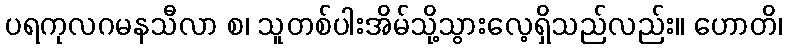
ပရကုလဂမနသီလာ စ၊ သူတစ်ပါးအိမ်သို့သွားလေ့ရှိသည်လည်း။ ဟောတိ၊